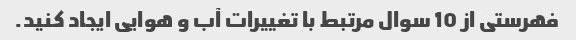
فهرستی از 10 سوال مرتبط با تغییرات آب و هوایی ایجاد کنید.